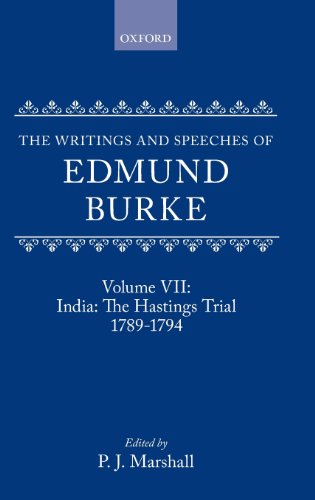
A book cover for The Writings and Speeches of Edmund Burke: Volume VII: India: The Hastings Trial 1789-1794; Edmund Burke; History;